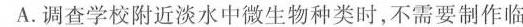
A.调查学校附近淡水中微生物种类时，不需要制作临